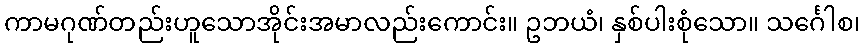
ကာမဂုဏ်တည်းဟူသောအိုင်းအမာလည်းကောင်း။ ဥဘယံ၊ နှစ်ပါးစုံသော။ သင်္ဂေါစ၊